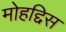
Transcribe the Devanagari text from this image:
मोहद्दिस